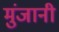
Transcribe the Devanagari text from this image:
मुंजानी